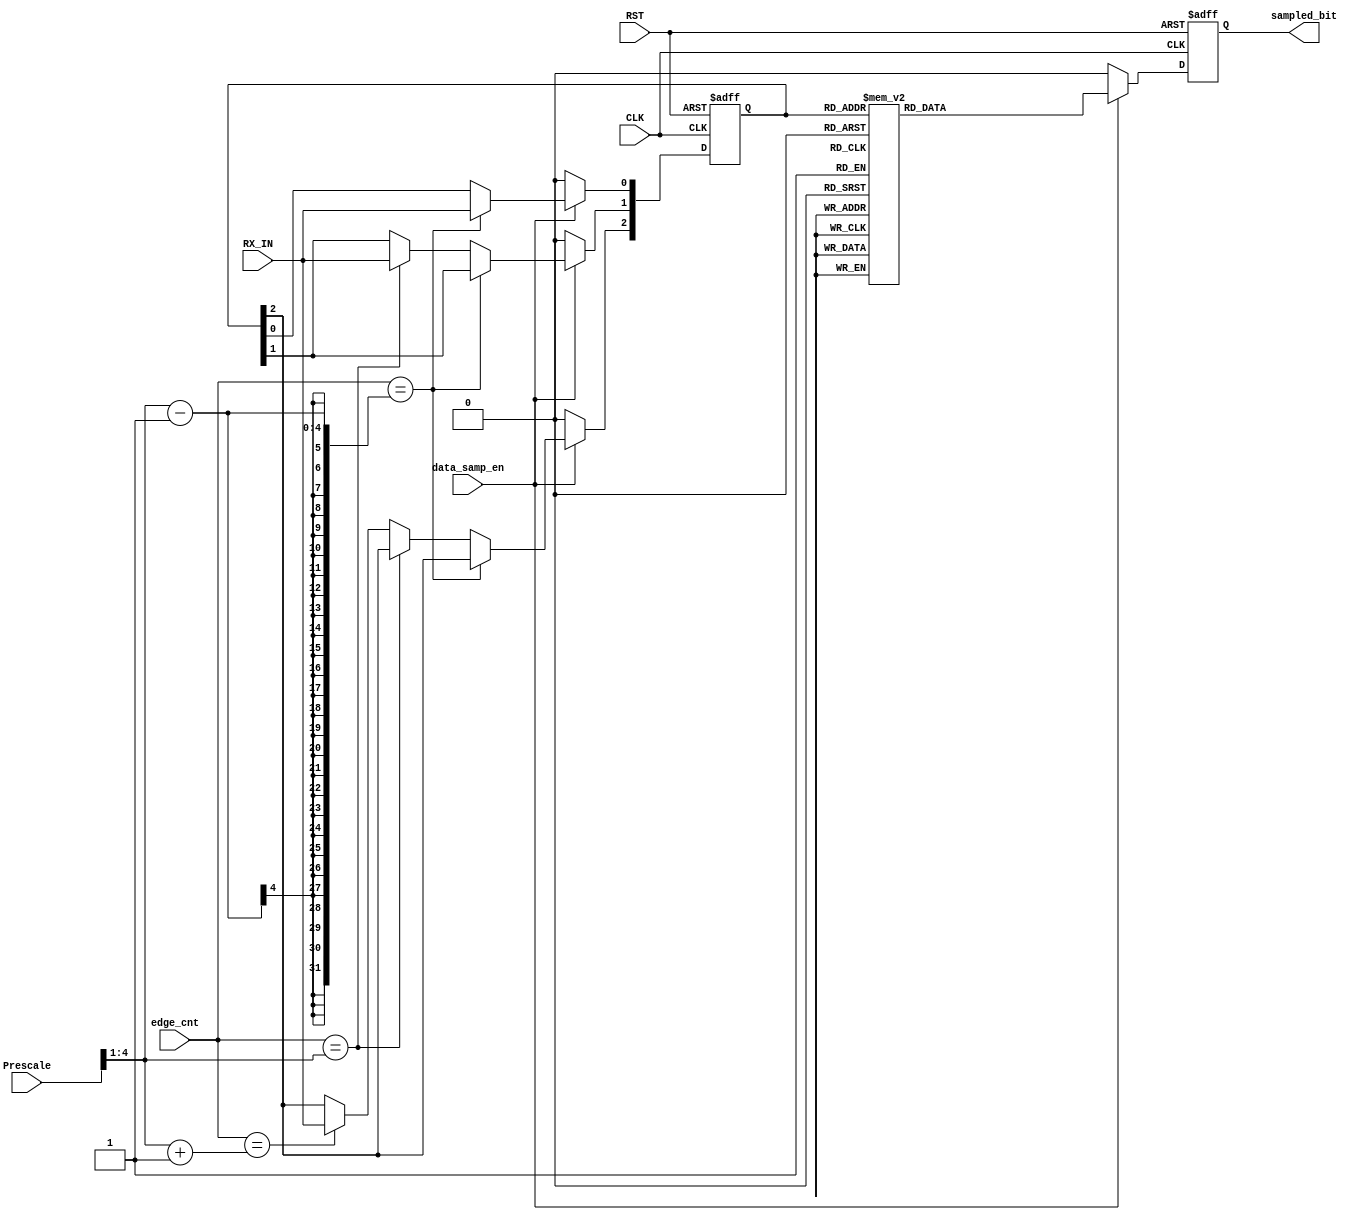
module data_sampling 
//#(parameter prescale = 16)
(   input       CLK,RST,
	input       RX_IN,
    input [5:0] Prescale,
	input [5:0] edge_cnt,
	input       data_samp_en,
	output reg  sampled_bit
	);
wire [3:0] half_freq;
assign half_freq = Prescale>>1;

//reg sampled_bit_1;
//reg sampled_bit_2;
//reg sampled_bit_3;
reg  [2:0] Sampled_Bits;                  //sample 1--->bit0       sample 2--->bit1    sample 3--->bit2
 
always @(posedge CLK or negedge RST)
 begin
	if (!RST)
	 begin
	  Sampled_Bits<=0;
	 end
	else if (data_samp_en) 
	 begin
		if (edge_cnt== (half_freq-1))                                       // (half_freq-1)
		Sampled_Bits[0]<=RX_IN;
		else if (edge_cnt== (half_freq))
		Sampled_Bits[1]<=RX_IN;
		else if (edge_cnt== (half_freq+1))
		Sampled_Bits[2]<=RX_IN;	
	 end
	else
		Sampled_Bits<=0;
end


/*always @(posedge CLK or posedge RST)
 begin
	if (RST)
	 begin
	  sampled_bit<=0;
	 end
	else if (data_samp_en) 
	 if ((Sampled_Bits=3'b000)||(Sampled_Bits=3'b001)||(Sampled_Bits=3'b010)||(Sampled_Bits=3'b100)
	 begin
	 sampled_bit=0;
	 end
	 else
	 sampled_bit=1;

	 */

always @(posedge CLK or negedge RST)
 begin
	if (!RST)
	 begin
	  sampled_bit<=0;
	 end
	else if (data_samp_en) 
	begin
	 case(Sampled_Bits)
	  3'b000:sampled_bit<=0;
	  3'b001:sampled_bit<=0;
	  3'b010:sampled_bit<=0;
	  3'b011:sampled_bit<=1;
	  3'b100:sampled_bit<=0;
	  3'b101:sampled_bit<=1;
	  3'b110:sampled_bit<=1;
	  3'b111:sampled_bit<=1;
	 endcase
	 end
	else
	 sampled_bit<=0;	

end

endmodule